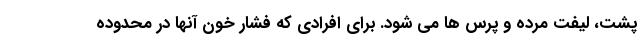
پشت، لیفت مرده و پرس ها می شود. برای افرادی که فشار خون آنها در محدوده